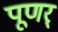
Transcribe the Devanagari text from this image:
पूणर्